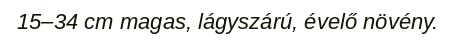
15–34 cm magas, lágyszárú, évelő növény.